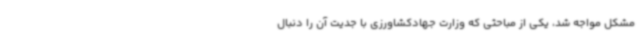
مشکل مواجه شد، یکی از مباحثی که وزارت جهادکشاورزی با جدیت آن را دنبال